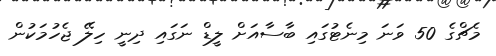
މެޗްގެ 50 ވަނަ މިނެޓުގައި ބާސާއަށް ލީޑް ނަގައި ދިނީ ހިލޭ ޖެހުމަކުން